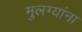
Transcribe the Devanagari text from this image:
मुलग्यांना